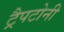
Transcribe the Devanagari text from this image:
ट्रैपटोनी